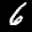
Label: 6